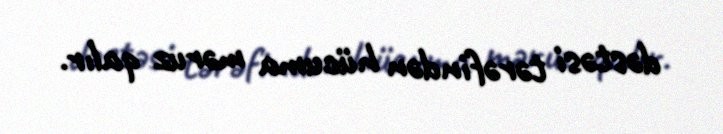
dəstəsi tərəfindən hücuma məruz qalır.